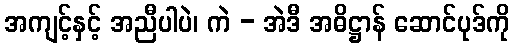
အကျင့်နှင့် အညီပါပဲ၊ ကဲ - အဲဒီ အဓိဋ္ဌာန် ဆောင်ပုဒ်ကို